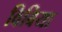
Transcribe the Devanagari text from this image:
विबिया